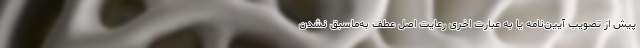
پیش از تصویب آیین‌نامه یا به عبارت اخری رعایت اصل عطف به‌ماسبق نشدن